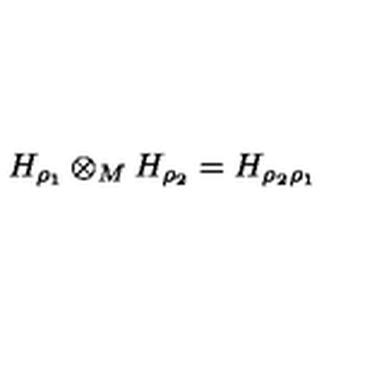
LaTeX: H _ { \rho _ { 1 } } \otimes _ { M } H _ { \rho _ { 2 } } = H _ { \rho _ { 2 } \rho _ { 1 } }